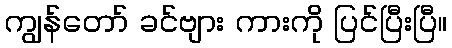
ကျွန်တော် ခင်ဗျား ကားကို ပြင်ပြီးပြီ။